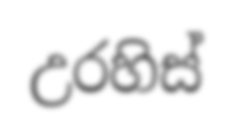
උරහිස්